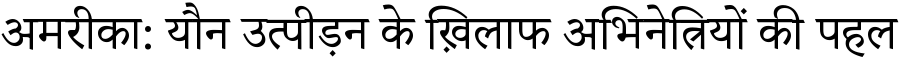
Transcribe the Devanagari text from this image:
अमरीका: यौन उत्पीड़न के ख़िलाफ अभिनेत्रियों की पहल